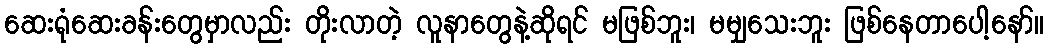
ဆေးရုံဆေးခန်းတွေမှာလည်း တိုးလာတဲ့ လူနာတွေနဲ့ဆိုရင် မဖြစ်ဘူး၊ မမျှသေးဘူး ဖြစ်နေတာပေါ့နော်။